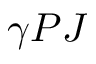
\gamma P J